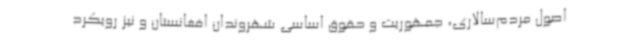
اصول مردم‌سالاری، جمهوریت و حقوق اساسی شهروندان افغانستان و نیز رویکرد